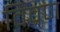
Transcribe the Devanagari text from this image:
विव्रण